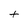
Character: T